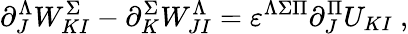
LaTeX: \partial_{J}^{\Lambda}W_{KI}^{\Sigma}-\partial_{K}^{\Sigma}W_{JI}^{\Lambda}=\varepsilon^{\Lambda\Sigma\Pi}\partial_{J}^{\Pi}U_{KI}\ ,